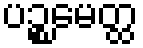
ပဉ္စမေတ္ထ